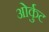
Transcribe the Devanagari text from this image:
ओर्कुट